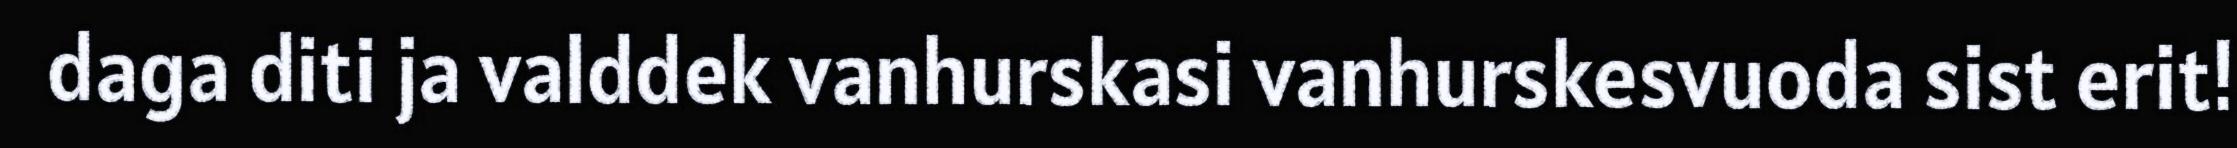
daga diti ja valddek vanhurskasi vanhurskesvuoda sist erit!